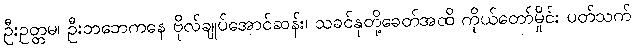
ဦးဥတ္တမ၊ ဦးဘဘေကနေ ဗိုလ်ချုပ်အောင်ဆန်း၊ သခင်နုတို့ခေတ်အထိ ကိုယ်တော်မှိုင်း ပတ်သက်